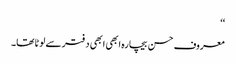
‘‘
معروف حسن بیچارہ ابھی ابھی دفتر سے لوٹا تھا۔